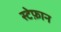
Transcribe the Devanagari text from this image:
स्टेफ़ान